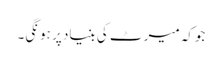
جوکہ میرٹ کی بنیاد پر ہونگی۔